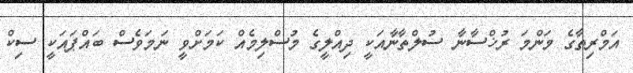
އަމްރިތާގެ މަންމަ ރުޚްސާނާ ސުލްތާނާއަކީ ދިއްލީގެ މުސްލިމެއް ކަމަށްވީ ނަމަވެސް ބައްޕައަކީ ސިކް